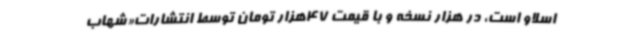
اسلاو است، در هزار نسخه و با قیمت 47هزار تومان توسط انتشارات«شهاب